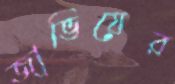
জাভিয়ের